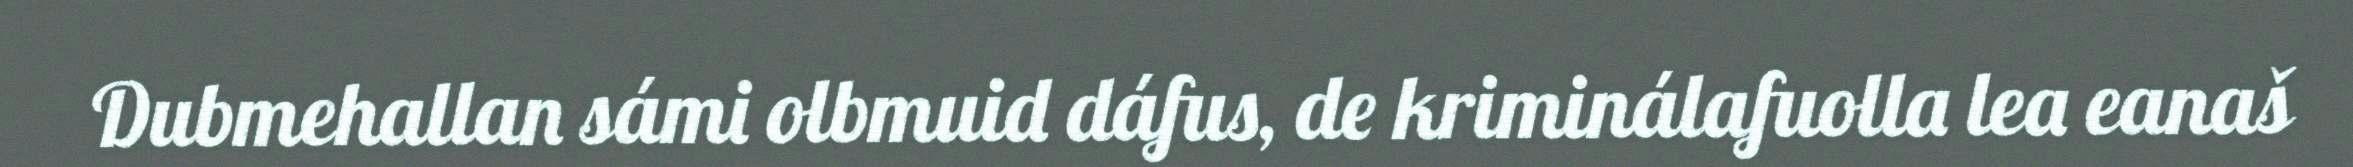
Dubmehallan sámi olbmuid dáfus, de kriminálafuolla lea eanaš